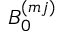
B _ { 0 } ^ { ( m j ) }